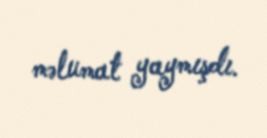
məlumat yaymışdı.